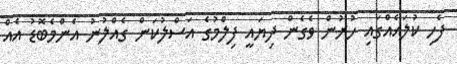
ފެހި ކުލައެއްގައި ހުރުން ވެގެން ދިޔައީ ފިލްމުގެ އަސްލުކަން ގެއްލުނު އެންމެބޮޑު އެއް